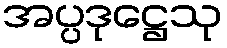
အပ္ပဒုဋ္ဌေသု